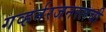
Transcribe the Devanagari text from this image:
गव्हर्नरजनरलची